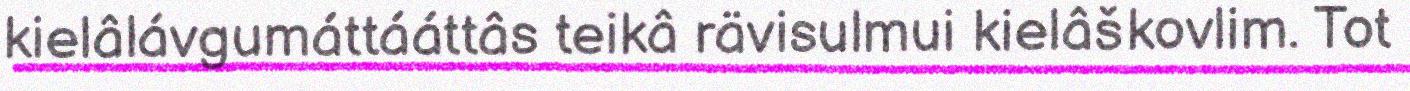
kielâlávgumáttááttâs teikâ rävisulmui kielâškovlim. Tot